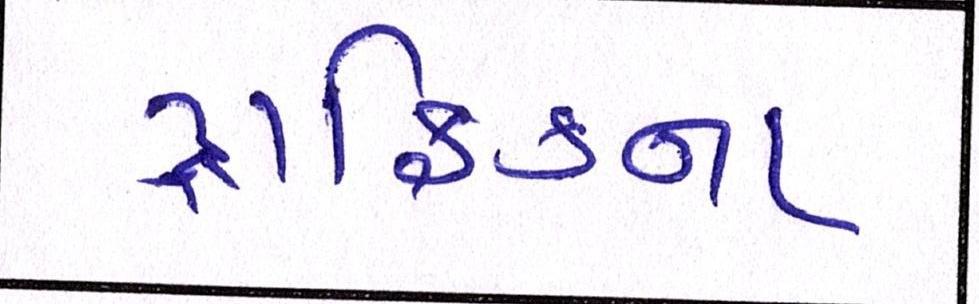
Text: ટ્રાફિકના